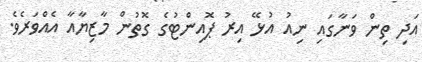
އަދި ތިން ވަނާގައި ނިއު އުޅޭ އިރު ޕޮއިންޓުގެ ގޮތުން މާޒިޔާއާ އެއްވަރެވެ.